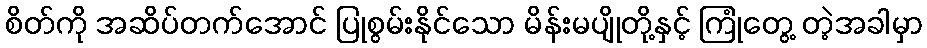
စိတ်ကို အဆိပ်တက်အောင် ပြုစွမ်းနိုင်သော မိန်းမပျိုတို့နှင့် ကြုံတွေ့ တဲ့အခါမှာ